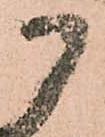
御